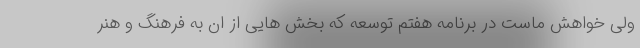
ولی خواهش ماست در برنامه هفتم توسعه که بخش هایی از ان به فرهنگ و هنر